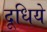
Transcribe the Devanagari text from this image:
दूधिये